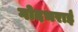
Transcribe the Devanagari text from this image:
गोदभराई